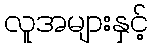
လူအများနှင့်